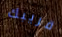
قريبك